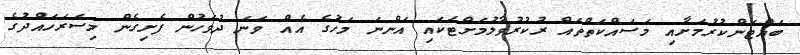
ބައްޓަންކުރުމަށާއި މަސައްކަތްތައް ރުކުރުވާލުމަށްޓަކައި އަންނަ މަހުގެ އެއް ވަނަ ދުވަހުން ފެށިގެން މިސަރަހައްދުގެ